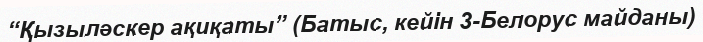
“Қызыләскер ақиқаты” (Батыс, кейін 3-Белорус майданы)